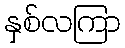
နှစ်လကြာ